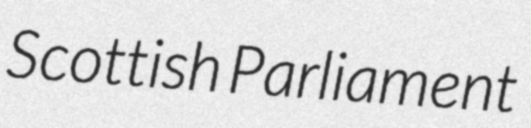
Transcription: Scottish Parliament